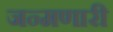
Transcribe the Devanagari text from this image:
जन्मणारी